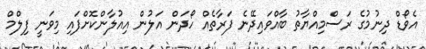
އެވޯޑް ދިނުމުގެ ރަސްމިއްޔާތު ބާއްވައިދޭނެ ފަރާތެއް ހޯދަން އަލުން އިއުލާންކޮށްފައި މިވަނީ ފިލްމް